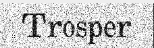
Trosper